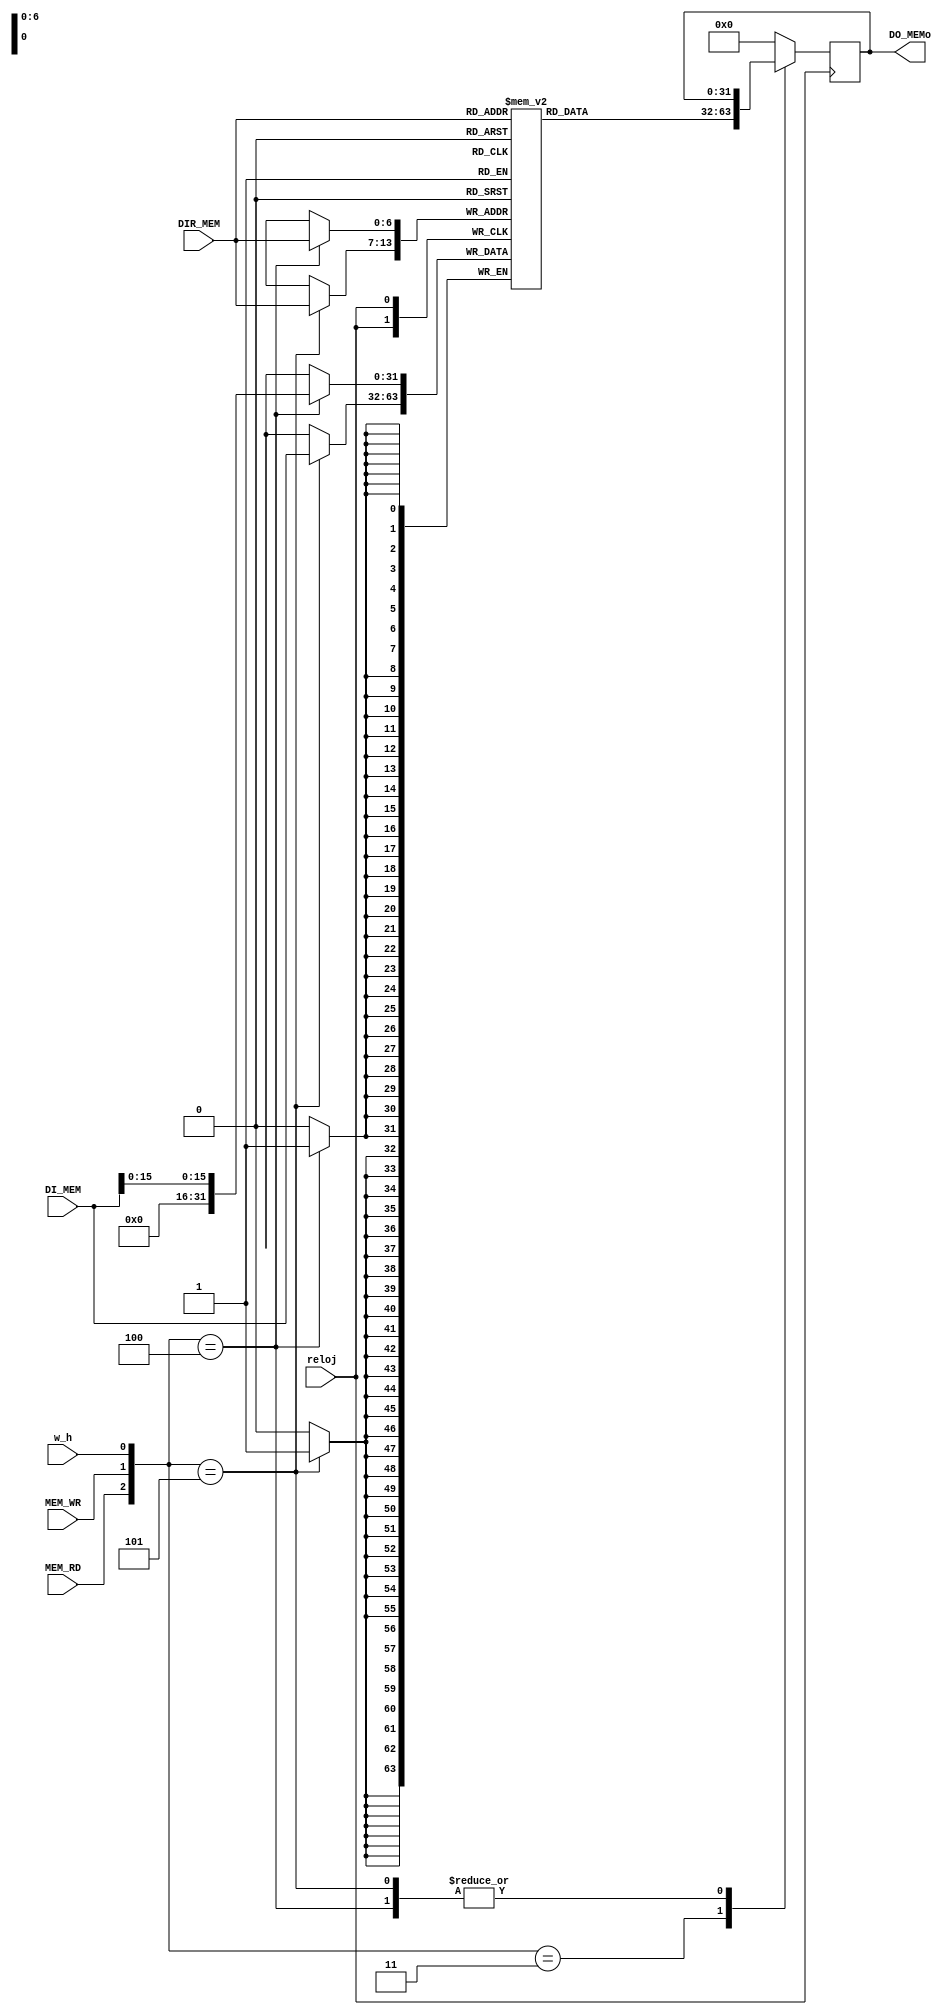
`timescale 1ns / 1ps
//////////////////////////////////////////////////////////////////////////////////
// Module Name: mem
//////////////////////////////////////////////////////////////////////////////////

module mem (
  input reloj,
  input  [31:0] DI_MEM,
  input  [6:0] DIR_MEM,
  input MEM_RD,
  input MEM_WR,
  input w_h,
  output [31:0] DO_MEMo
  );
  //w_h = 0 Mitad ; w_h = 1 Completa


  wire [2:0] ctrl_MEM = {MEM_RD, MEM_WR, w_h};
  reg [31:0] mem [0:127];                       //Memoria de 32bits con 128 entradas
  reg [31:0] DO_MEMor = 32'b0;

  always @(posedge reloj)
    begin
          case (ctrl_MEM)
            3'b011: DO_MEMor <= mem[DIR_MEM];               //Se lee una palabra completa de memoria
            3'b100: mem[DIR_MEM] <= {16'b0,DI_MEM[15:0]};   //Se guarda media palabra  en memoria
            3'b101: mem[DIR_MEM] <= DI_MEM;                 //Se guarda una palabra completa en memoria
            default: DO_MEMor <= 32'b0;
          endcase
    end


    assign DO_MEMo = DO_MEMor;


endmodule //mem